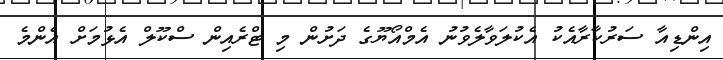
އިންޑިއާ ސަރުކާރާއެކު އެކުލަވާލެވުނު އެމްއޯޔޫގެ ދަށުން މި ޓްރެއިން ސްކޫލް އެޅުމަށް އެންމެ